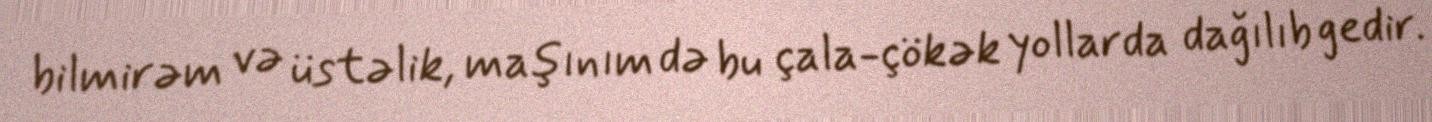
bilmirəm və üstəlik, maşınım də bu çala-çökək yollarda dağılıb gedir.